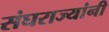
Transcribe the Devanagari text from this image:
संघराज्यांनी